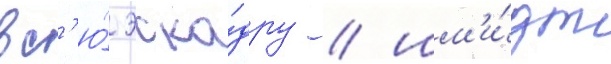
вс'ю́ эска́дру / шм'и́дт